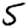
Digit: 5